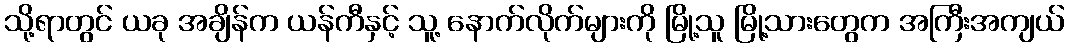
သို့ရာတွင် ယခု အချိန်က ယန်ကီနှင့် သူ့ နောက်လိုက်များကို မြို့သူ မြို့သားတွေက အကြီးအကျယ်